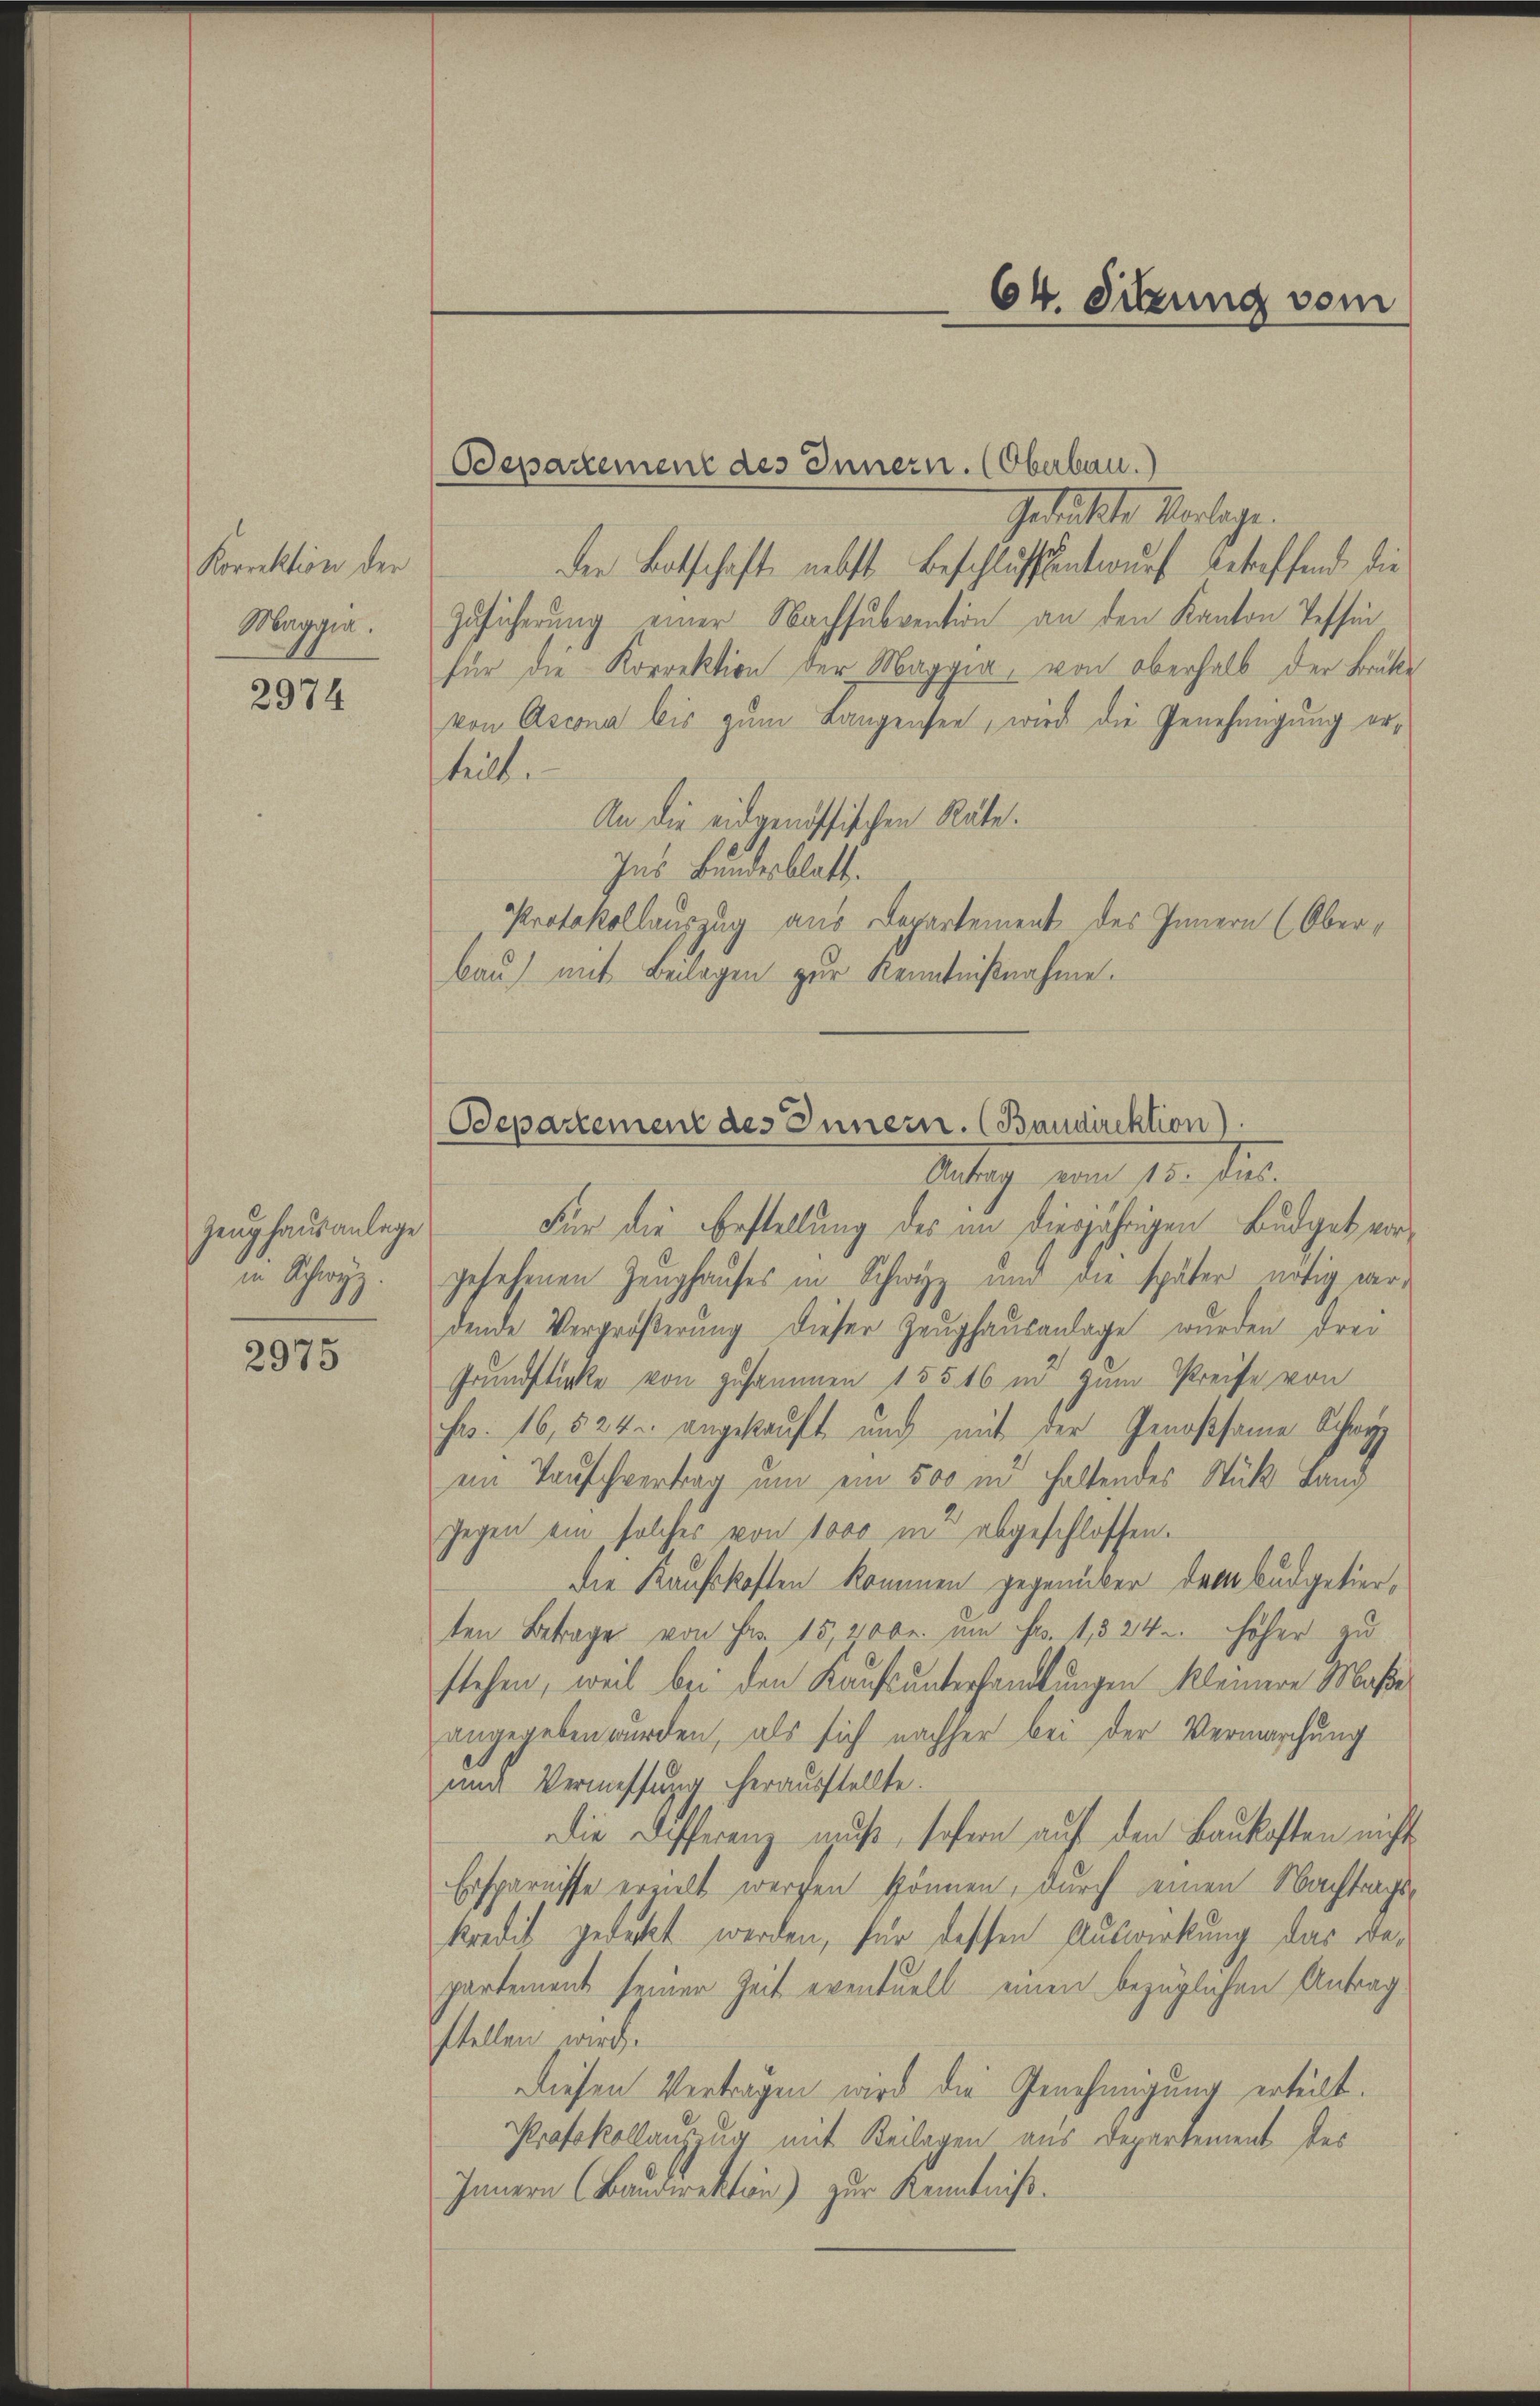
Korrektion der
Maggia.

2974

Zeughausanlage
in Schwyz.

2975

Gedächte Vorlage.
den Botschaft nebst Beschlussentwurf betreffende die
Zusicherung einer Nachsubvention an den Kanton Tessin
für die Korrektion der Maggia, von oberhalb der Brike
von Ascona bis zum Langensee, wird die Genehmigung ertet.
An die eidgenössischen Räte.
Ins Bundesblatt.
Protokollauszug aus Departement des Innern (Ober¬
Bau) mit Beilagen zur Kenntnißnahme.

(Odepartement des Innern. (Oberbau.)

64. Sitzung vom

Für die Erstellung des in diesjährigen Budget vorgesehenen Zeughauses in Schwyz und die später nötig werdende Vergrößerung dieser Zeughausanlage wurden drei
Grundstücke von zusammen 155. 16 in zum Preise von
Frs. 16,524. angekauft und mit der Genossame Schwyz
ein Tauschvertrag um ein 500 nd haltendes Stück Land
gegen ein solches von 1000 in abgeschlossen.
dDie Kaufskosten kommen gegenüber dem Budgetierten Betrage von Fr. 15,200. um Fr. 1824. höher zu
stehen, weil bei den Kaufsunterhandlungen kleinere Maße
angegeben wurden, als sich nachher bei der Vermarchung
und Vermessung herausstellte.
Die Differenz muß, sofern auf den Baukosten nicht
Ersparnisse erzielt werfen können, durch seinen Nachtragskredit gedeckt werden, für dessen Auswirkung das Bepartement seiner Zeit eventuell einen bezüglichen Antrag
stellen wird.
Diesen Verträgen wird die Genehmigung erteilt.
Protokollauszug mit Beilagen aus Departement des
Innern (Bandirektion) zur Kenntniß.

Odepartement des Innern. (Baudirektion).
Gertrag von 10. Jan.